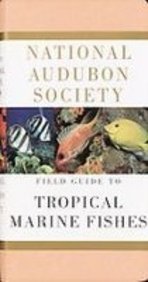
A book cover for National Audubon Society Field Guide to Tropical Marine Fishes: Of the Caribbean, the Gulf of Mexico, Florida, the Bahamas, and Bermuda; C. Lavett Smith; Travel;